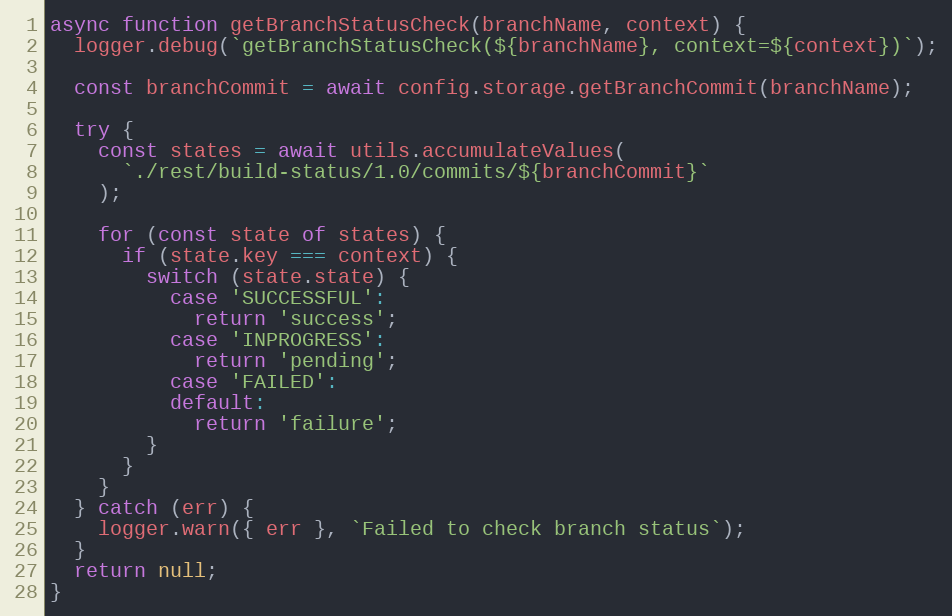
Language: JavaScript
async function getBranchStatusCheck(branchName, context) {
  logger.debug(`getBranchStatusCheck(${branchName}, context=${context})`);

  const branchCommit = await config.storage.getBranchCommit(branchName);

  try {
    const states = await utils.accumulateValues(
      `./rest/build-status/1.0/commits/${branchCommit}`
    );

    for (const state of states) {
      if (state.key === context) {
        switch (state.state) {
          case 'SUCCESSFUL':
            return 'success';
          case 'INPROGRESS':
            return 'pending';
          case 'FAILED':
          default:
            return 'failure';
        }
      }
    }
  } catch (err) {
    logger.warn({ err }, `Failed to check branch status`);
  }
  return null;
}